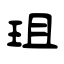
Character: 珇